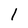
Character: l